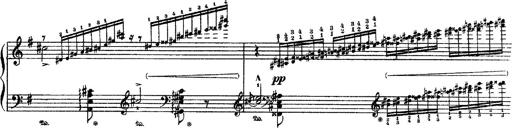
Title: 3 sonetti di Petrarca
Composer: Franz Liszt